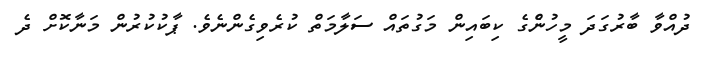
ދުއްވާ ބާރުގަދަ މީހުންެގެ ކިބައިން މަގުތައް ސަލާމަތް ކުރެވިގެންނެވެ. ޕާކުކުރުން މަނާކޮށް ދެ